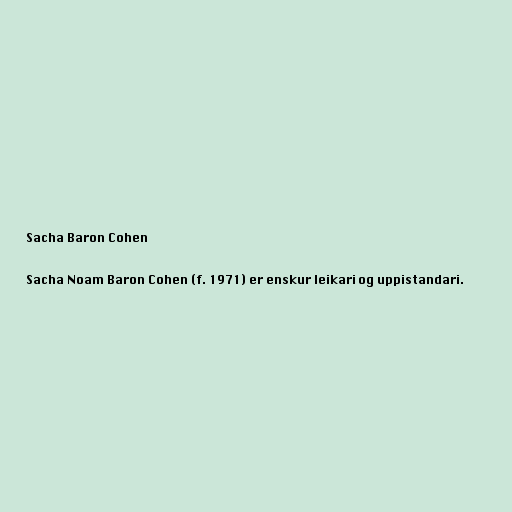
Sacha Baron Cohen

Sacha Noam Baron Cohen (f. 1971) er enskur leikari og uppistandari.